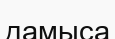
дамыса